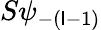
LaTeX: S\psi_{-(\mathsf{l}-1)}